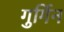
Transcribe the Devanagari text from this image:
गुर्गिन